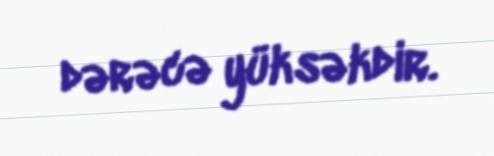
dərəcə yüksəkdir.